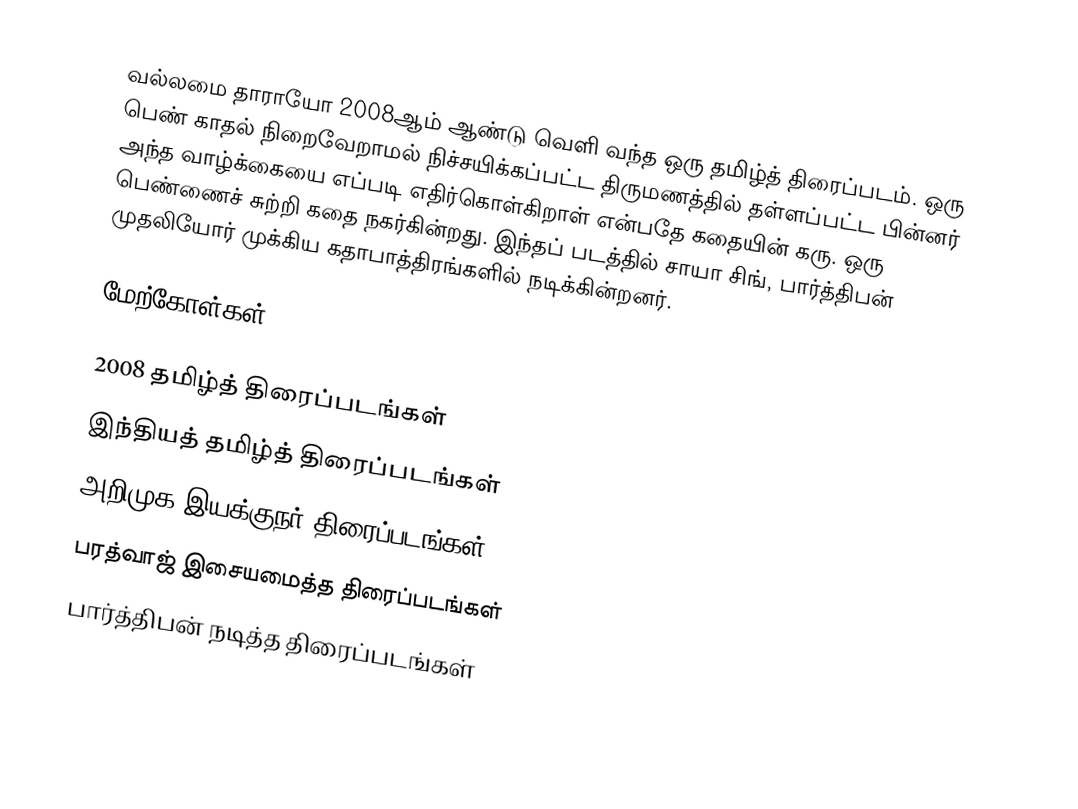
வல்லமை தாராயோ 2008ஆம் ஆண்டு வெளி வந்த ஒரு தமிழ்த் திரைப்படம்.  ஒரு பெண் காதல் நிறைவேறாமல் நிச்சயிக்கப்பட்ட திருமணத்தில் தள்ளப்பட்ட பின்னர் அந்த வாழ்க்கையை எப்படி எதிர்கொள்கிறாள் என்பதே கதையின் கரு.  ஒரு பெண்ணைச் சுற்றி கதை நகர்கின்றது.  இந்தப் படத்தில் சாயா சிங், பார்த்திபன் முதலியோர் முக்கிய கதாபாத்திரங்களில் நடிக்கின்றனர்.

மேற்கோள்கள்

2008 தமிழ்த் திரைப்படங்கள்
இந்தியத் தமிழ்த் திரைப்படங்கள்
அறிமுக இயக்குநர் திரைப்படங்கள்
பரத்வாஜ் இசையமைத்த திரைப்படங்கள்
பார்த்திபன் நடித்த திரைப்படங்கள்